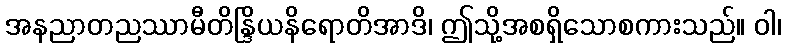
အနညာတညဿာမီတိန္ဒြိယနိရောတိအာဒိ၊ ဤသို့အစရှိသောစကားသည်။ ဝါ၊